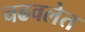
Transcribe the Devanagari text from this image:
चढवलेत